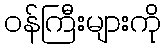
ဝန်ကြီးများကို